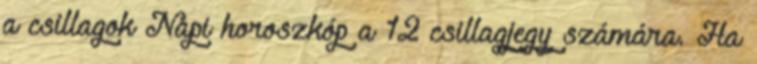
a csillagok Napi horoszkóp a 12 csillagjegy számára. Ha